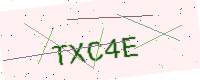
Text: TXC4E